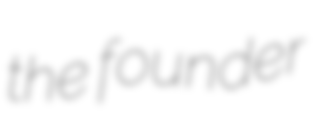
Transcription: the founder